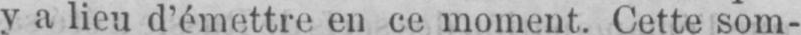
y a lieu d’émettre en ce moment. Cette som-